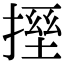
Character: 𫽪